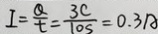
I = \frac { Q } { t } = \frac { 3 c } { 1 0 s } = 0 . 3 A